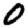
Digit: 0